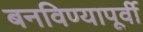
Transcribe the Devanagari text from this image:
बनविण्यापूर्वी